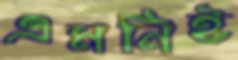
এমনিই